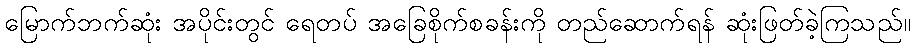
မြောက်ဘက်ဆုံး အပိုင်းတွင် ရေတပ် အခြေစိုက်စခန်းကို တည်ဆောက်ရန် ဆုံးဖြတ်ခဲ့ကြသည်။